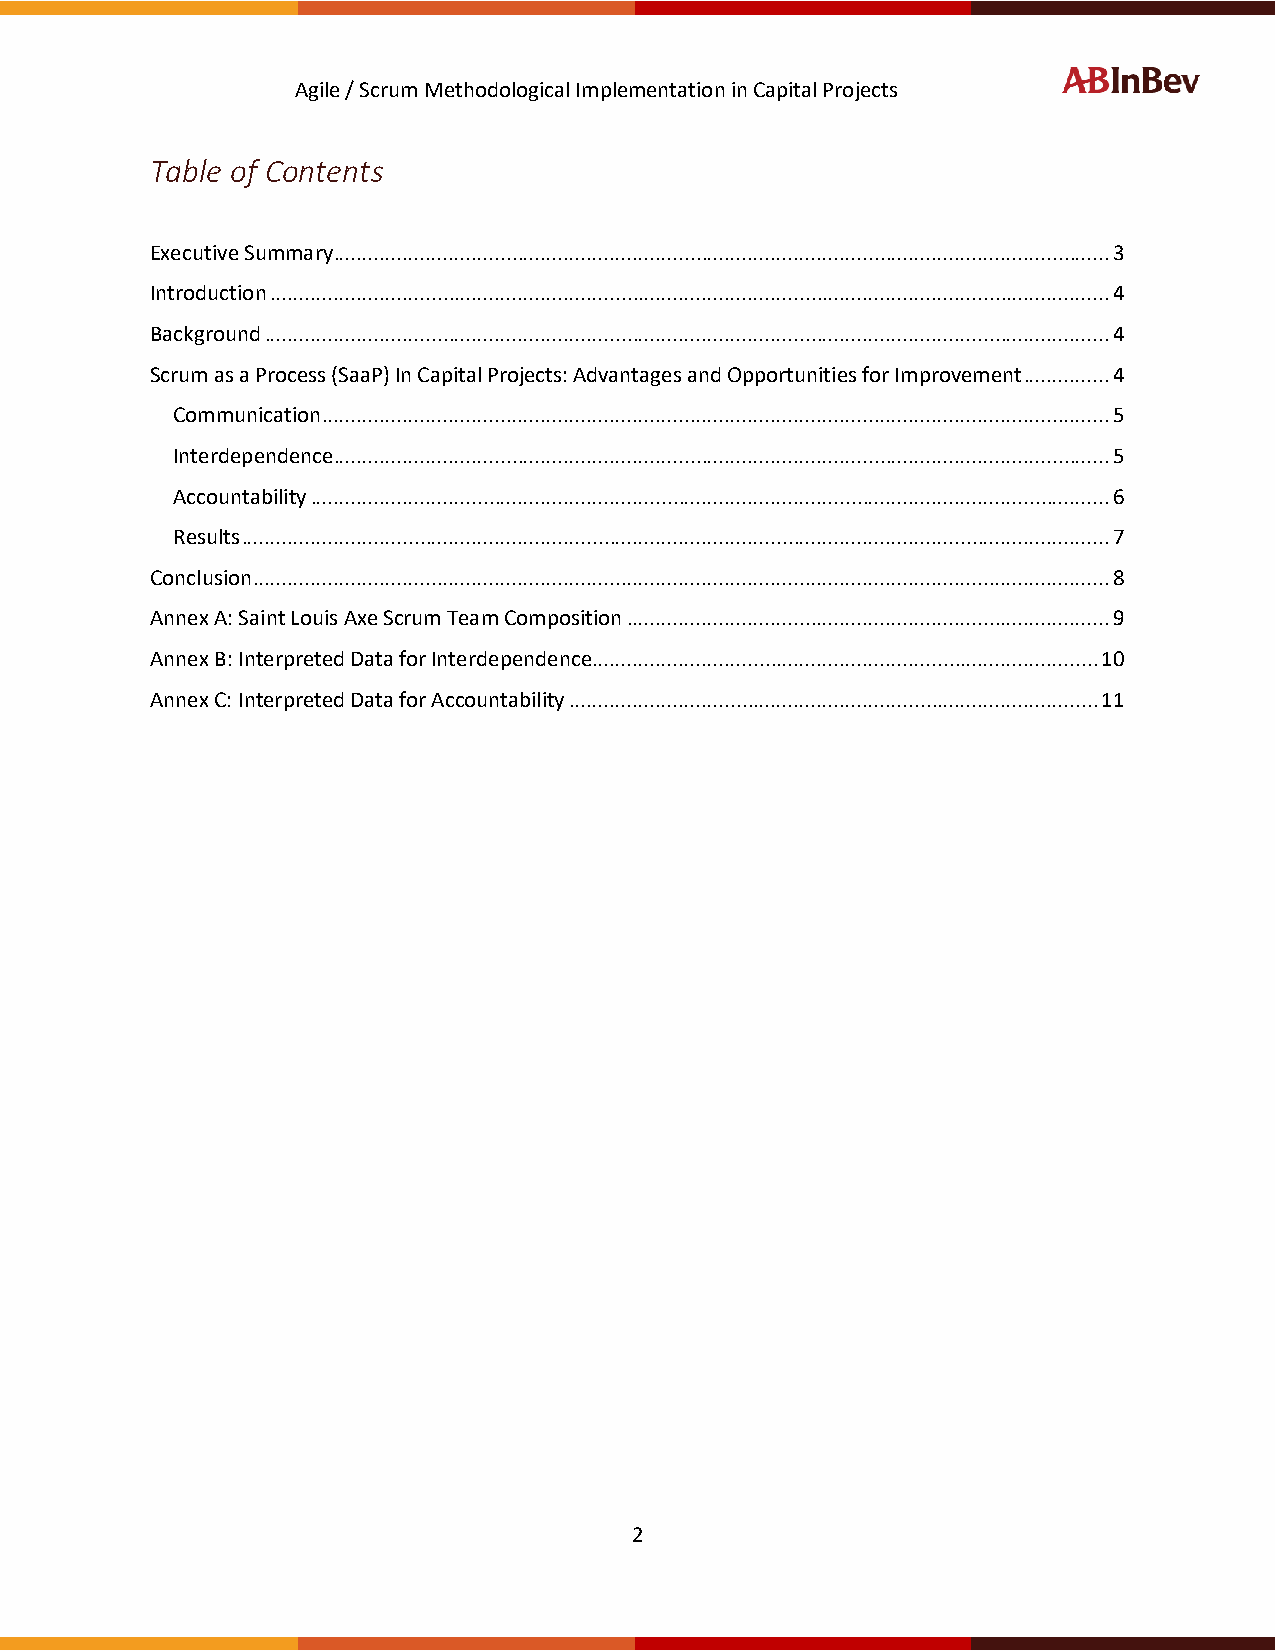
Agile / Scrum Methodological Implementation in Capital Projects
 Table of Contents
 Executive Summary ....................................................................................................................................... 3
 Introduction .................................................................................................................................................. 4
 Background ................................................................................................................................................... 4
 Scrum as a Process (SaaP) In Capital Projects: Advantages and Opportunities for Improvement ............... 4
 Communication ......................................................................................................................................... 5
 Interdependence....................................................................................................................................... 5
 Accountability ........................................................................................................................................... 6
 Results ....................................................................................................................................................... 7
 Conclusion ..................................................................................................................................................... 8
 Annex A: Saint Louis Axe Scrum Team Composition .................................................................................... 9
 Annex B: Interpreted Data for Interdependence ........................................................................................ 10
 Annex C: Interpreted Data for Accountability ............................................................................................ 11
 2